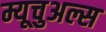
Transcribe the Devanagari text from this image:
म्यूचुअल्स